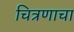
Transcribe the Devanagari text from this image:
चित्रणाचा